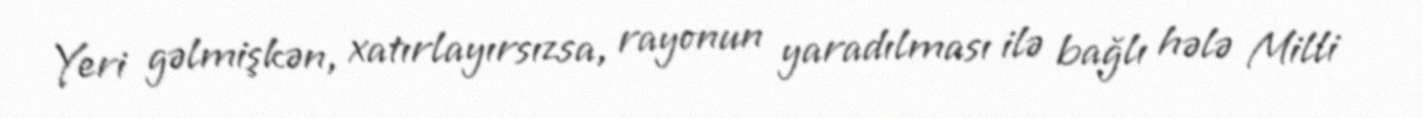
Yeri gəlmişkən, xatırlayırsızsa, rayonun yaradılması ilə bağlı hələ Milli